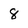
Character: 8